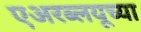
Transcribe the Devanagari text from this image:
एअरब्लयूच्या